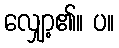
လျှော့၏။ ပ။